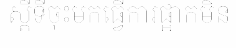
ស្តីទីចុះមកធ្វើការផ្អាកមិន